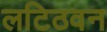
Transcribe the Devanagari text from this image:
लटिठवन